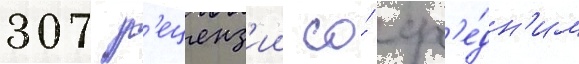
307 р'еценз'ии со́ ср'е́дн'им